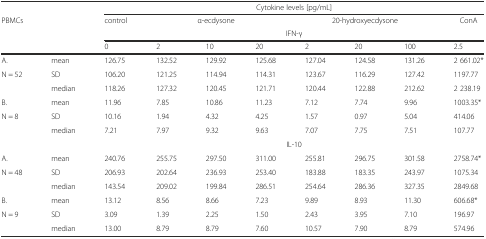
| <COLSPAN=2>  | <COLSPAN=8> Cytokine levels [pg/mL] |
 | <ROWSPAN=3-COLSPAN=2> PBMCs | control | <COLSPAN=3> α-ecdysone | <COLSPAN=3> 20-hydroxyecdysone | ConA |
 | <COLSPAN=8> IFN-γ |
 | 0 | 2 | 10 | 20 | 2 | 20 | 100 | 2.5 |
 | --- | --- | --- | --- | --- | --- | --- | --- | --- | --- |
 | A. | mean | 126.75 | 132.52 | 129.92 | 125.68 | 127.04 | 124.58 | 131.26 | 2 661.02* |
 | N = 52 | SD | 106.20 | 121.25 | 114.94 | 114.31 | 123.67 | 116.29 | 127.42 | 1197.77 |
 |  | median | 118.26 | 127.32 | 120.45 | 121.71 | 120.44 | 122.88 | 212.62 | 2 238.19 |
 | B. | mean | 11.96 | 7.85 | 10.86 | 11.23 | 7.12 | 7.74 | 9.96 | 1003.35* |
 | N = 8 | SD | 10.16 | 1.94 | 4.32 | 4.25 | 1.57 | 0.97 | 5.04 | 414.06 |
 |  | median | 7.21 | 7.97 | 9.32 | 9.63 | 7.07 | 7.75 | 7.51 | 107.77 |
 | <COLSPAN=2>  | <COLSPAN=8> IL-10 |
 | A. | mean | 240.76 | 255.75 | 297.50 | 311.00 | 255.81 | 296.75 | 301.58 | 2758.74* |
 | N = 48 | SD | 206.93 | 202.64 | 236.93 | 253.40 | 183.88 | 183.35 | 243.97 | 1075.34 |
 |  | median | 143.54 | 209.02 | 199.84 | 286.51 | 254.64 | 286.36 | 327.35 | 2849.68 |
 | B. | mean | 13.12 | 8.56 | 8.66 | 7.23 | 9.89 | 8.93 | 11.30 | 606.68* |
 | N = 9 | SD | 3.09 | 1.39 | 2.25 | 1.50 | 2.43 | 3.95 | 7.10 | 196.97 |
 |  | median | 13.00 | 8.79 | 8.79 | 7.60 | 10.57 | 7.90 | 8.79 | 574.96 |